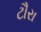
ટૌરા